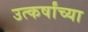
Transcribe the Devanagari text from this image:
उत्कर्षांच्या